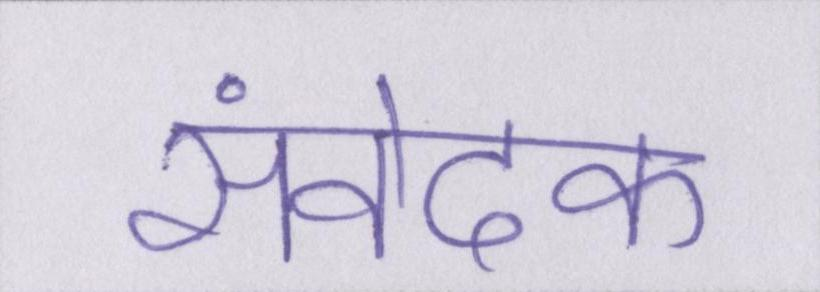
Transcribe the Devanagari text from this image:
संवेदक